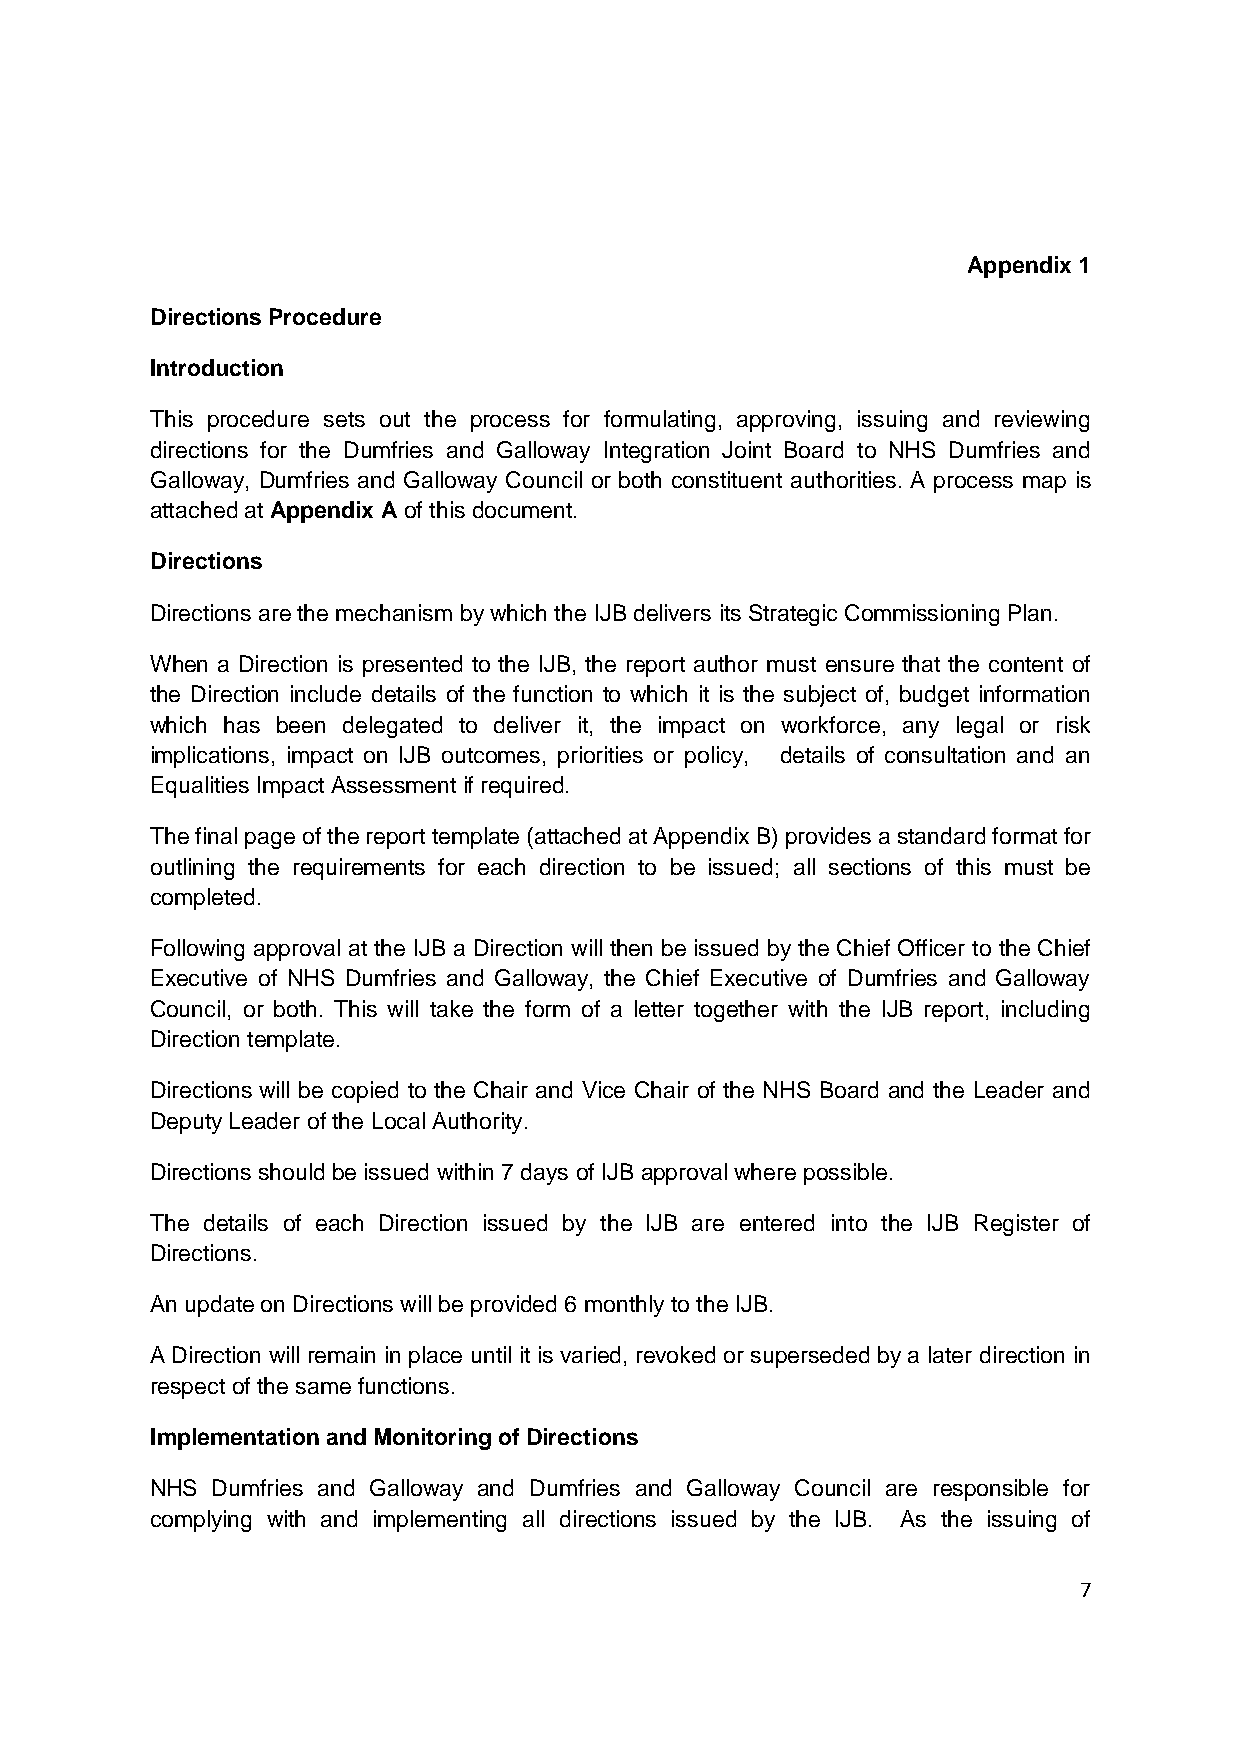
Appendix 1
 Directions Procedure
 Introduction
 This procedure sets out the process for formulating, approving, issuing and reviewing
 directions for the Dumfries and Galloway Integration Joint Board to NHS Dumfries and
 Galloway, Dumfries and Galloway Council or both constituent authorities. A process map is
 attached at Appendix A of this document.
 Directions
 Directions are the mechanism by which the IJB delivers its Strategic Commissioning Plan.
 When a Direction is presented to the IJB, the report author must ensure that the content of
 the Direction include details of the function to which it is the subject of, budget information
 which has been delegated to deliver it, the impact on workforce, any legal or risk
 implications, impact on IJB outcomes, priorities or policy, details of consultation and an
 Equalities Impact Assessment if required.
 The final page of the report template (attached at Appendix B) provides a standard format for
 outlining the requirements for each direction to be issued; all sections of this must be
 completed.
 Following approval at the IJB a Direction will then be issued by the Chief Officer to the Chief
 Executive of NHS Dumfries and Galloway, the Chief Executive of Dumfries and Galloway
 Council, or both. This will take the form of a letter together with the IJB report, including
 Direction template.
 Directions will be copied to the Chair and Vice Chair of the NHS Board and the Leader and
 Deputy Leader of the Local Authority.
 Directions should be issued within 7 days of IJB approval where possible.
 The details of each Direction issued by the IJB are entered into the IJB Register of
 Directions.
 An update on Directions will be provided 6 monthly to the IJB.
 A Direction will remain in place until it is varied, revoked or superseded by a later direction in
 respect of the same functions.
 Implementation and Monitoring of Directions
 NHS Dumfries and Galloway and Dumfries and Galloway Council are responsible for
 complying with and implementing all directions issued by the IJB. As the issuing of
 7